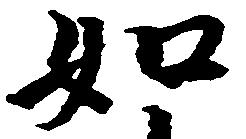
如